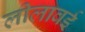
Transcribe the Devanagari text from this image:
लीलावई